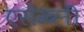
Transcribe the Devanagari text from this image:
एसेम्ब्ली